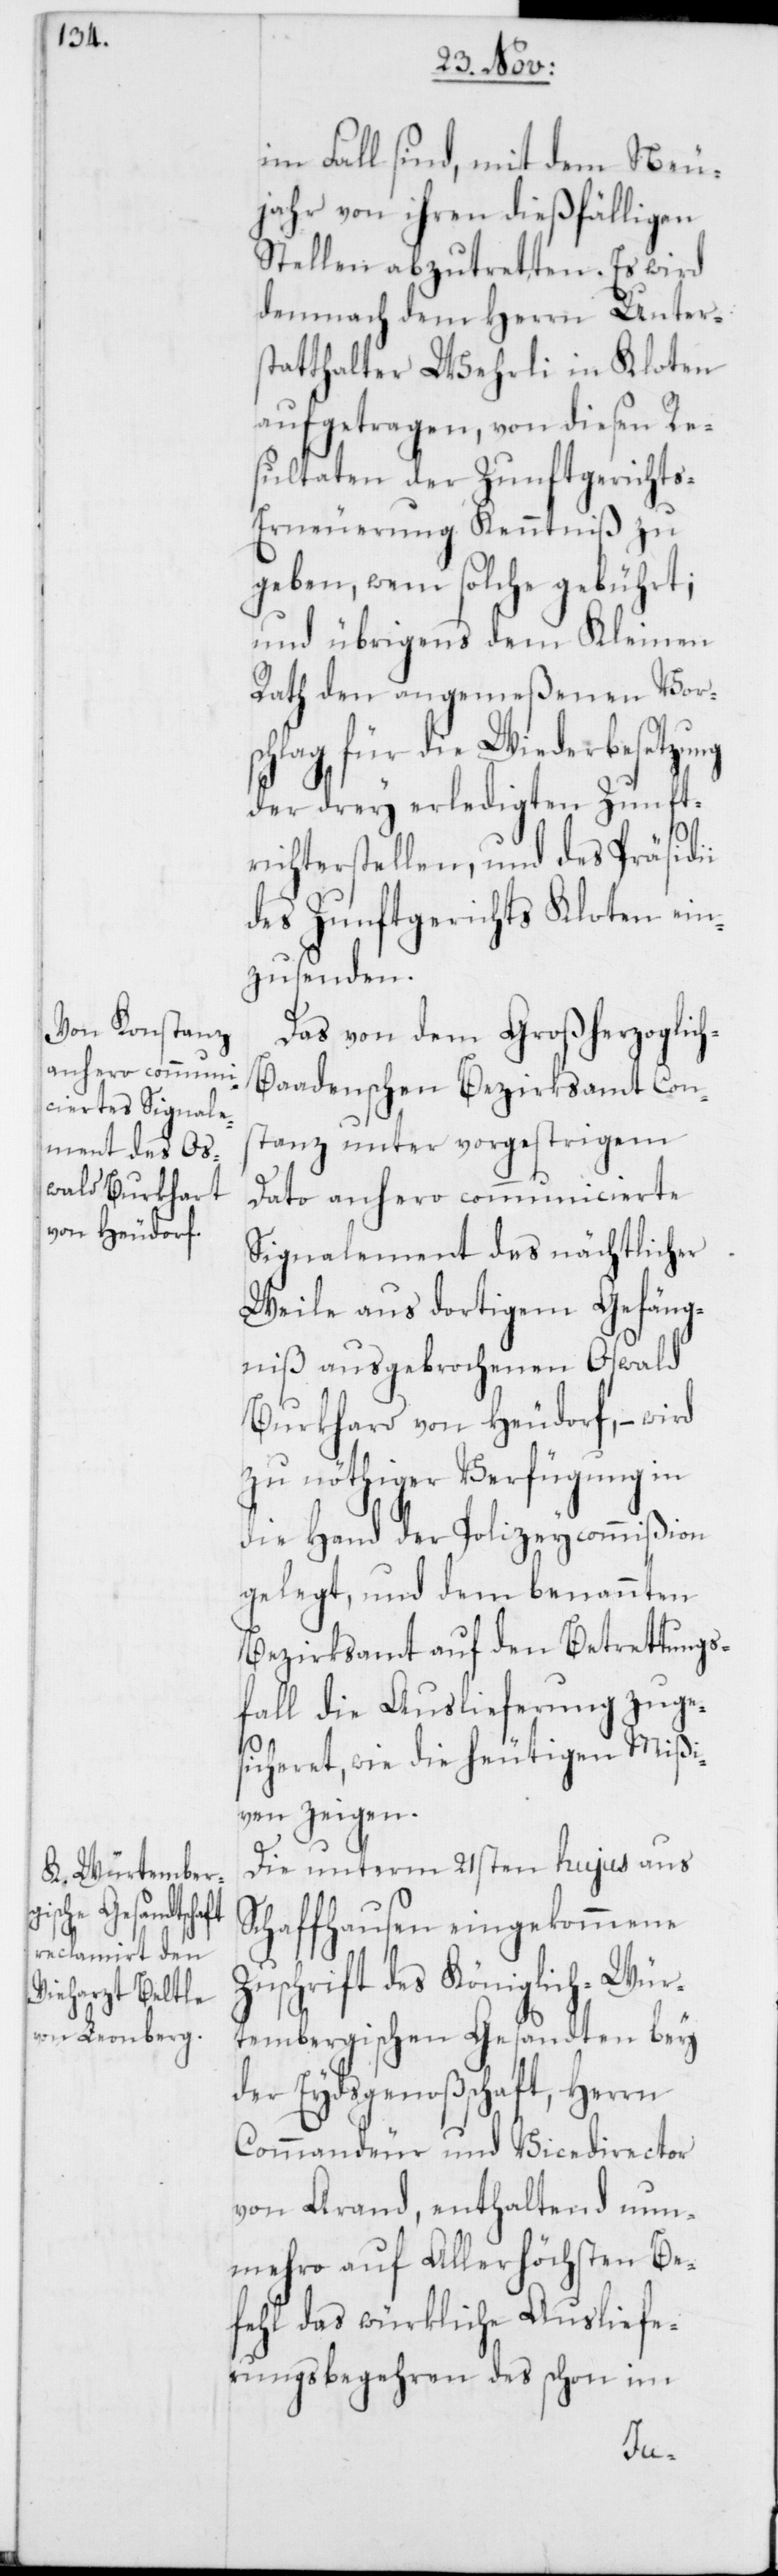
im Fall sind, mit dem Neu¬
jahr von ihren dießfälligen
Stellen abzutretten. Es wird
demnach dem Herrn Unter¬
statthalter Wehrli in Kloten
aufgetragen, von diesen Re¬
sultaten der Zunftgericht¬
s-Erneuerung Kenntniß zu
geben, wem solche gebührt;
und übrigens dem Kleinen
Rath den angemeßenen Vor¬
schlag für die Wiederbesetzung
der drey erledigten Zunft¬
richterstellen, und des Präsidi¬
des Zunftgerichts Kloten ein¬
zusenden.
Das von dem Großherzoglic¬
h-Baadenschen Bezirksamt Cons¬
tanz unter vorgestrigem
Dato anhero communicierte
Signalement des nächtlicher
Weile aus dortigem Gefäng¬
niß ausgebrochenen Oswald
Burkhard von Heudorf, – wird
zu nöthiger Verfügung in
die Hand der Polizeycommißion
gelegt, und dem benannten
Bezirksamt auf den Betretungs¬
fall die Auslieferung zuge¬
sicheret, wie die heutigen Mißi¬
ven zeigen.
Die unterm 21sten hujus aus
Schaffhausen eingekommene
schrift des Königlich-Wür¬
tembergischen Gesandten bey
der Eydsgenoßschaft, Herrn
Commandeur und Vicedirector
von Arand, enthaltend nun¬
mehro auf Allerhöchsten Be¬
fehl das würkliche Ausliefe¬
rungsbegehren des schon im
Zu¬

i